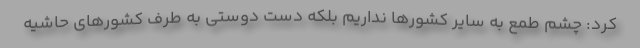
کرد: چشم طمع به سایر کشورها نداریم بلکه دست دوستی به طرف کشورهای حاشیه